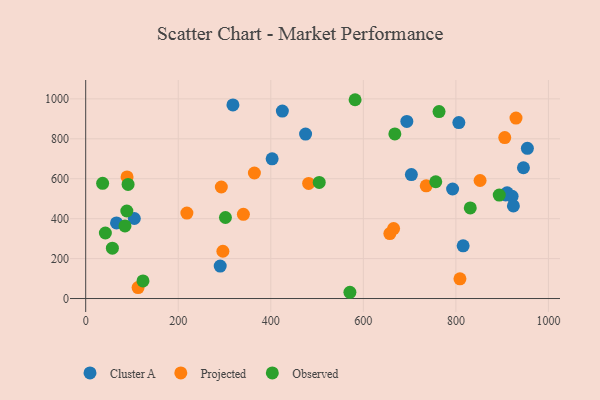
{"axis": {"x": "Investment", "y": "Salary"}, "legend": ["Cluster A", "Observed", "Projected"], "data": [{"x": "946.0", "y": 654.9, "type": "Cluster A"}, {"x": "815.7", "y": 264.1, "type": "Cluster A"}, {"x": "921.5", "y": 511.8, "type": "Cluster A"}, {"x": "425.0", "y": 938.9, "type": "Cluster A"}, {"x": "924.3", "y": 464.0, "type": "Cluster A"}, {"x": "318.2", "y": 969.5, "type": "Cluster A"}, {"x": "910.7", "y": 529.9, "type": "Cluster A"}, {"x": "806.4", "y": 881.4, "type": "Cluster A"}, {"x": "475.2", "y": 823.7, "type": "Cluster A"}, {"x": "66.6", "y": 378.6, "type": "Cluster A"}, {"x": "703.8", "y": 621.0, "type": "Cluster A"}, {"x": "907.6", "y": 518.4, "type": "Cluster A"}, {"x": "105.1", "y": 400.9, "type": "Cluster A"}, {"x": "694.0", "y": 887.2, "type": "Cluster A"}, {"x": "954.5", "y": 752.1, "type": "Cluster A"}, {"x": "792.9", "y": 548.6, "type": "Cluster A"}, {"x": "290.7", "y": 162.7, "type": "Cluster A"}, {"x": "402.9", "y": 699.9, "type": "Cluster A"}, {"x": "296.5", "y": 236.9, "type": "Projected"}, {"x": "665.4", "y": 350.2, "type": "Projected"}, {"x": "113.2", "y": 54.8, "type": "Projected"}, {"x": "481.8", "y": 576.5, "type": "Projected"}, {"x": "657.3", "y": 325.4, "type": "Projected"}, {"x": "364.6", "y": 628.6, "type": "Projected"}, {"x": "929.9", "y": 903.9, "type": "Projected"}, {"x": "89.4", "y": 608.8, "type": "Projected"}, {"x": "735.9", "y": 564.4, "type": "Projected"}, {"x": "905.6", "y": 805.9, "type": "Projected"}, {"x": "293.1", "y": 558.5, "type": "Projected"}, {"x": "340.8", "y": 421.8, "type": "Projected"}, {"x": "218.7", "y": 428.0, "type": "Projected"}, {"x": "852.3", "y": 591.2, "type": "Projected"}, {"x": "808.8", "y": 98.8, "type": "Projected"}, {"x": "571.0", "y": 31.3, "type": "Observed"}, {"x": "582.2", "y": 995.7, "type": "Observed"}, {"x": "123.8", "y": 88.3, "type": "Observed"}, {"x": "36.6", "y": 577.1, "type": "Observed"}, {"x": "88.9", "y": 438.3, "type": "Observed"}, {"x": "763.6", "y": 936.3, "type": "Observed"}, {"x": "756.5", "y": 584.8, "type": "Observed"}, {"x": "504.7", "y": 581.5, "type": "Observed"}, {"x": "91.6", "y": 571.5, "type": "Observed"}, {"x": "42.5", "y": 328.3, "type": "Observed"}, {"x": "57.7", "y": 252.3, "type": "Observed"}, {"x": "893.7", "y": 518.2, "type": "Observed"}, {"x": "668.1", "y": 824.4, "type": "Observed"}, {"x": "84.9", "y": 363.5, "type": "Observed"}, {"x": "302.0", "y": 405.9, "type": "Observed"}, {"x": "831.1", "y": 453.7, "type": "Observed"}]}